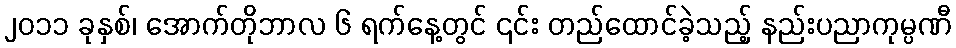
၂၀၁၁ ခုနှစ်၊ အောက်တိုဘာလ ၆ ရက်နေ့တွင် ၎င်း တည်ထောင်ခဲ့သည့် နည်းပညာကုမ္ပဏီ